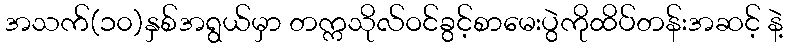
အသက်(၁၀)နှစ်အရွယ်မှာ တက္ကသိုလ်ဝင်ခွင့်စာမေးပွဲကိုထိပ်တန်းအဆင့် နဲ့